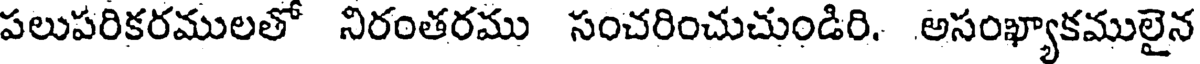
పలుపరికరములతో నిరంతరము సంచరించుచుండిరి. అసంఖ్యాకములైన